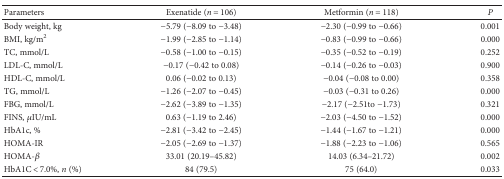
<table><thead><tr><td><b>Parameters</b></td><td><b>Exenatide (<i>n</i> = 106)</b></td><td><b>Metformin (<i>n</i> = 118)</b></td><td><b><i>P</i></b></td></tr></thead><tbody><tr><td>Body weight, kg</td><td>−5.79 (−8.09 to −3.48)</td><td>−2.30 (−0.99 to −0.66)</td><td>0.001</td></tr><tr><td>BMI, kg/m<sup>2</sup></td><td>−1.99 (−2.85 to −1.14)</td><td>−0.83 (−0.99 to −0.66)</td><td>0.000</td></tr><tr><td>TC, mmol/L</td><td>−0.58 (−1.00 to −0.15)</td><td>−0.35 (−0.52 to −0.19)</td><td>0.252</td></tr><tr><td>LDL-C, mmol/L</td><td>−0.17 (−0.42 to 0.08)</td><td>−0.14 (−0.26 to −0.03)</td><td>0.900</td></tr><tr><td>HDL-C, mmol/L</td><td>0.06 (−0.02 to 0.13)</td><td>−0.04 (−0.08 to 0.00)</td><td>0.358</td></tr><tr><td>TG, mmol/L</td><td>−1.26 (−2.07 to −0.45)</td><td>−0.03 (−0.31 to 0.26)</td><td>0.000</td></tr><tr><td>FBG, mmol/L</td><td>−2.62 (−3.89 to −1.35)</td><td>−2.17 (−2.51to −1.73)</td><td>0.321</td></tr><tr><td>FINS, <i>μ</i>IU/mL</td><td>0.63 (−1.19 to 2.46)</td><td>−2.03 (−4.50 to −1.52)</td><td>0.000</td></tr><tr><td>HbA1c, %</td><td>−2.81 (−3.42 to −2.45)</td><td>−1.44 (−1.67 to −1.21)</td><td>0.000</td></tr><tr><td>HOMA-IR</td><td>−2.05 (−2.69 to −1.37)</td><td>−1.88 (−2.23 to −1.06)</td><td>0.565</td></tr><tr><td>HOMA-<i>β</i></td><td>33.01 (20.19–45.82)</td><td>14.03 (6.34–21.72)</td><td>0.002</td></tr><tr><td>HbA1C &lt; 7.0%, <i>n</i> (%)</td><td>84 (79.5)</td><td>75 (64.0)</td><td>0.033</td></tr></tbody></table>